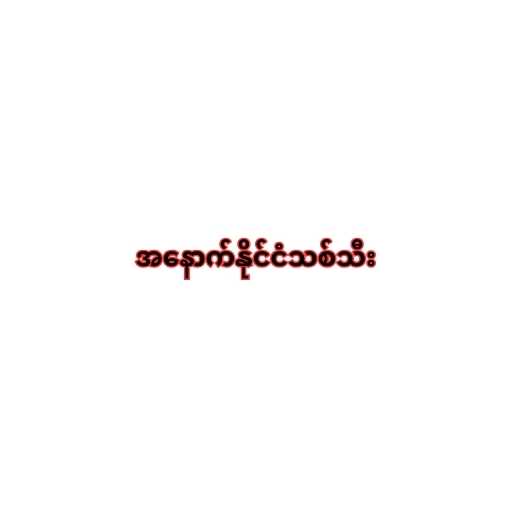
အနောက်နိုင်ငံသစ်သီး